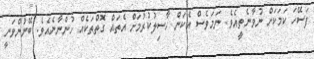
ފަސޭހަ ކަމަކަށް ނުވާނެތީއެވެ. ނަމަވެސް އެކަން ހާސިލުކުރުމަށް އެތައް ގޮތްތަކެއް ހުންނާނެއެވެ. ބޭނުންވަނީ